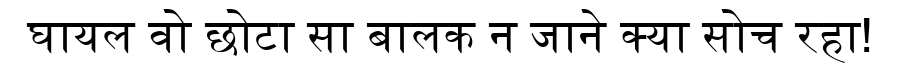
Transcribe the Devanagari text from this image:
घायल वो छोटा सा बालक न जाने क्या सोच रहा!